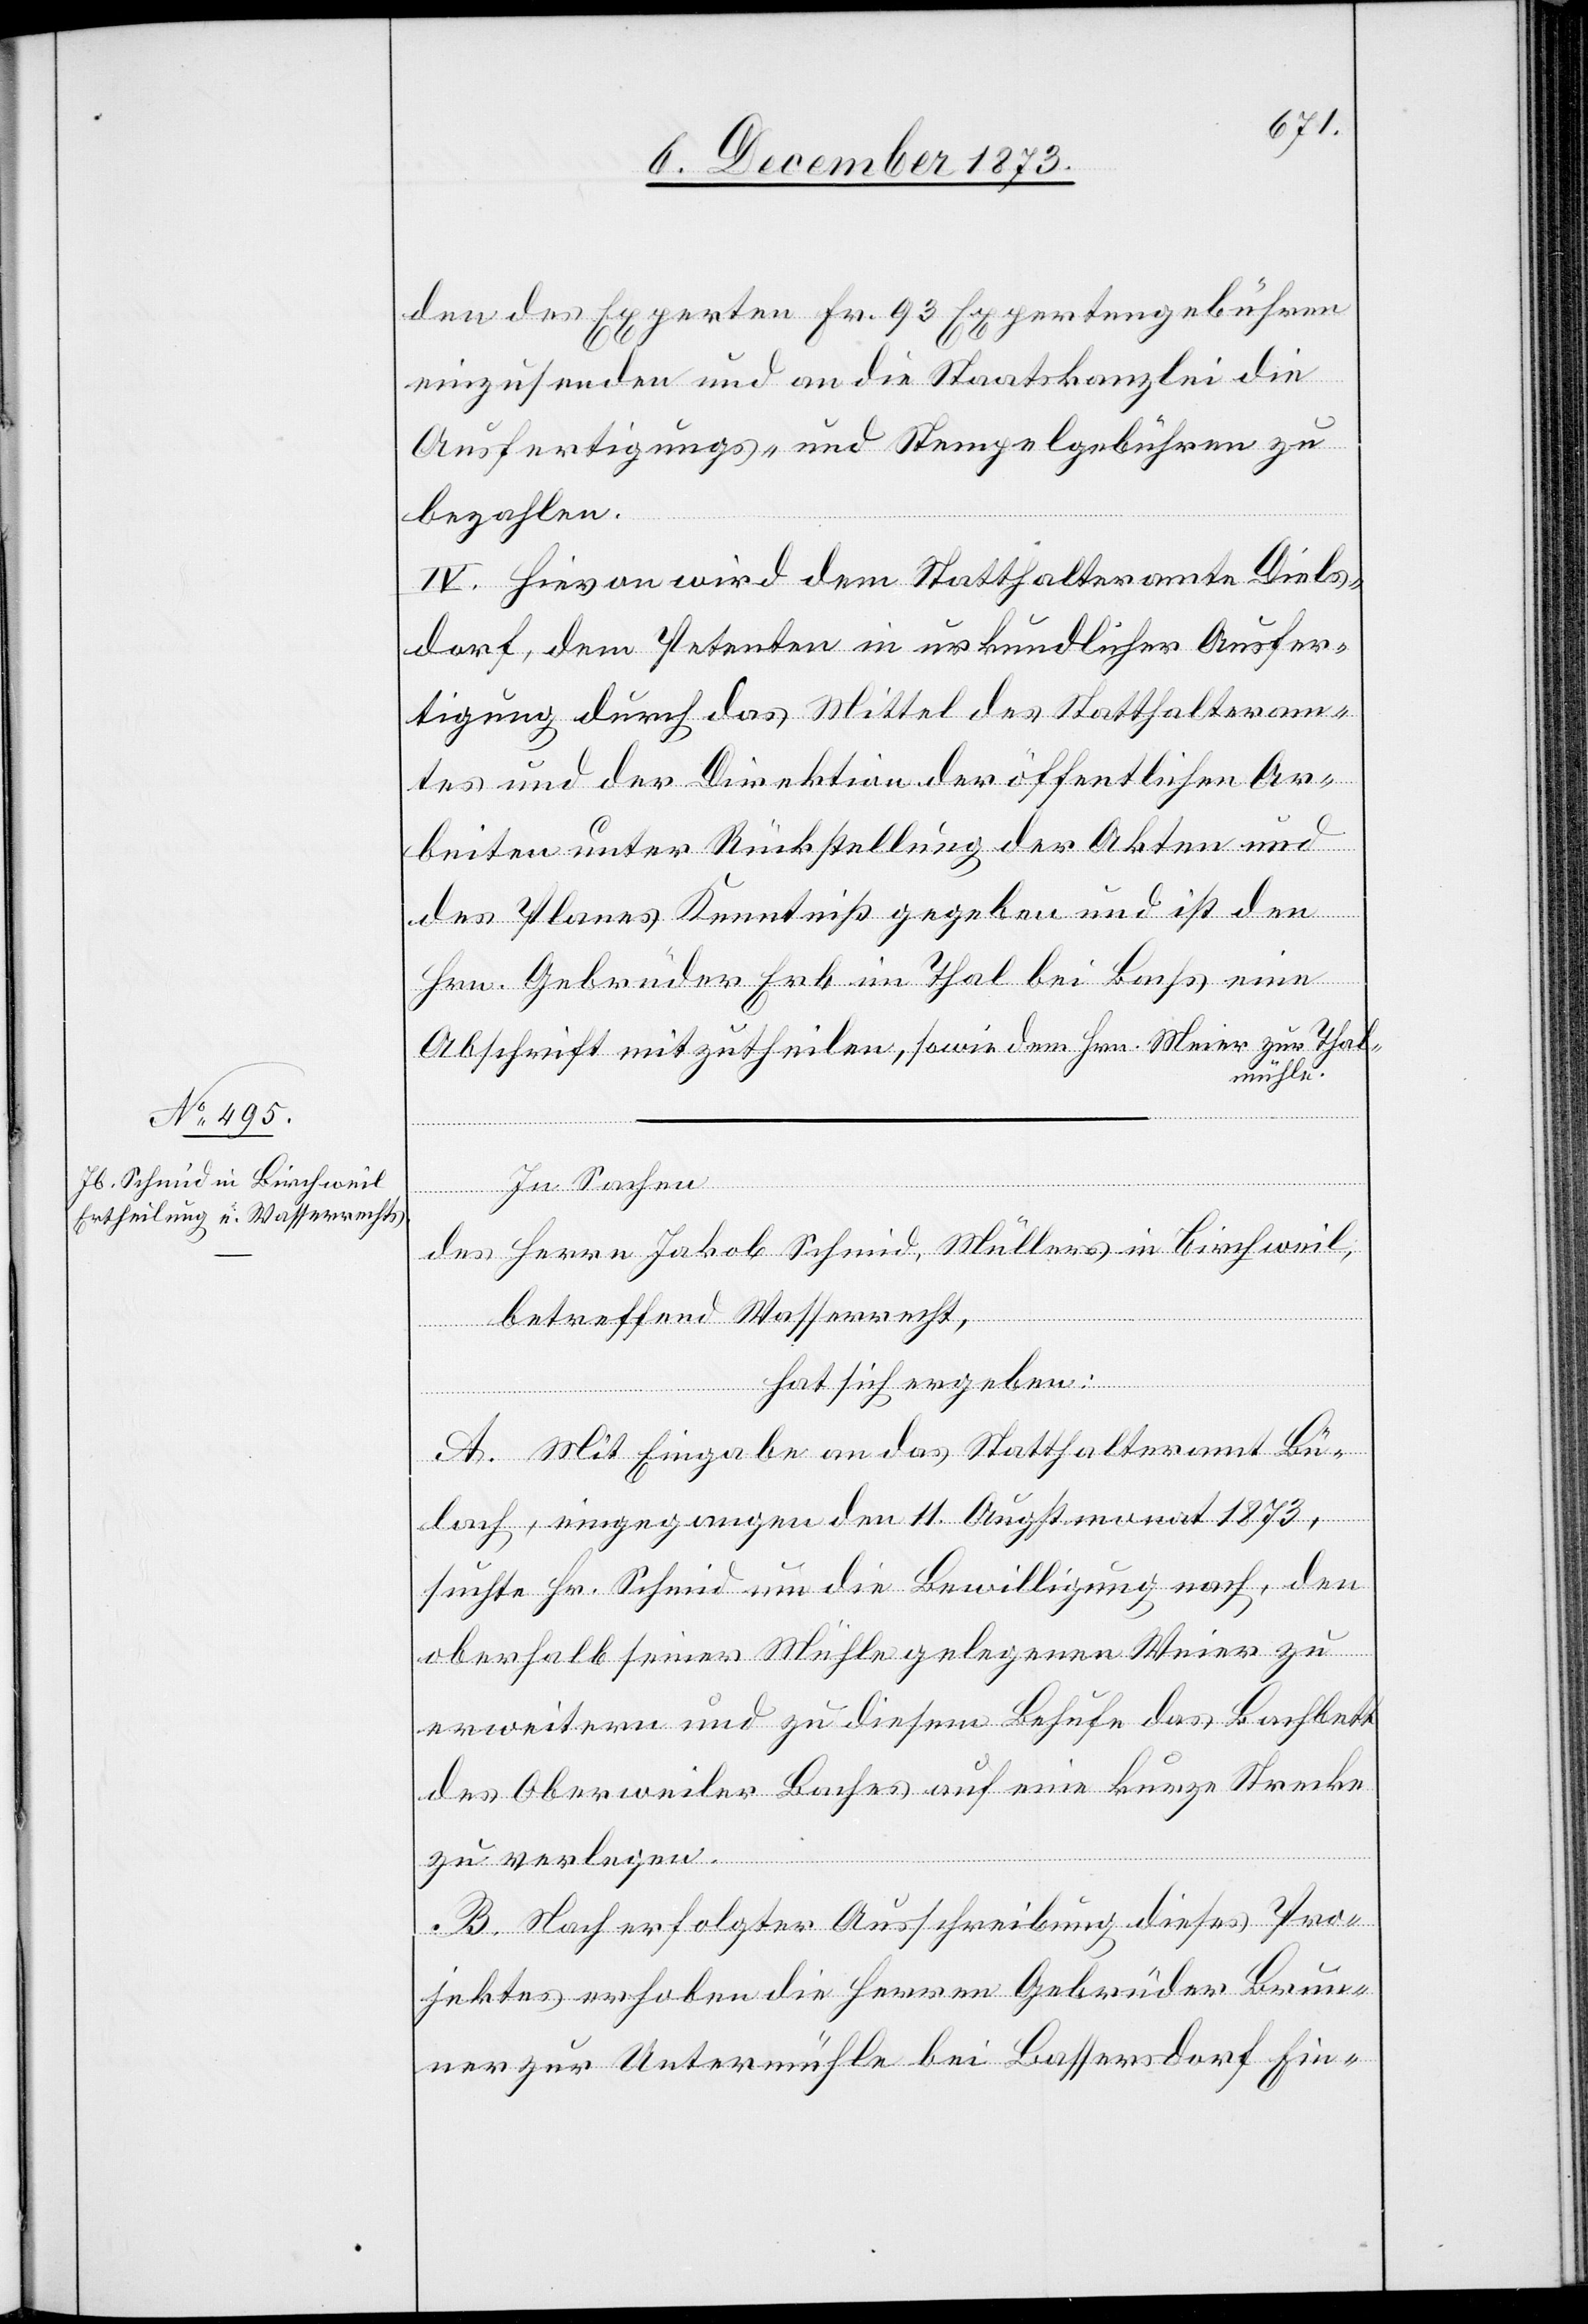
den des Experten Fr. 93 Expertengebühren
einzusenden und an die Staatskanzlei die
Ausfertigungs- und Stempelgebühren zu
bezahlen.
IV. Hievon wird dem Statthalteramte Diels¬
dorf, dem Petenten in urkundlicher Ausfer¬
tigung durch das Mittel des Statthalteram¬
tes und der Direktion der öffentlichen Ar¬
beiten unter Rückstellung der Akten und
des Planes Kenntniß gegeben und ist den
Hrn. Gebrüder Erb im Thal bei Bachs eine
Abschrift mitzutheilen, sowie dem Hrn. Meier zur Thal¬
mühle.
In Sachen
des Herrn Jakob Schmid, Müllers in Birchweil,
betreffend Wasserrecht,
hat sich ergeben:
A. Mit Eingabe an das Statthalteramt Bü¬
lach, eingegangen den 11. Augstmonat 1873,
suchte Hr. Schmid um die Bewilligung nach, den
oberhalb seiner Mühle gelegenen Weier zu
erweitern und zu diesem Behufe das Bachbett
des Oberweiler Baches auf eine kurze Strecke
zu verlegen.
B. Nach erfolgter Ausschreibung dieses Pro¬
jektes erhoben die Herren Gebrüder Brun¬
ner zur Untermühle bei Bassersdorf Ein-